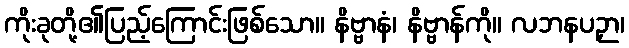
ကိုးခုတို့၏ပြည့်ကြောင်းဖြစ်သော။ နိဗ္ဗာနံ၊ နိဗ္ဗာန်ကို။ လဘနပဉှာ၊